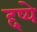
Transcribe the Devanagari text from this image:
द्दष्ये